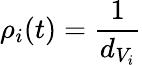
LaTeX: \rho_{i}(t)=\frac{1}{d_{V_{i}}}